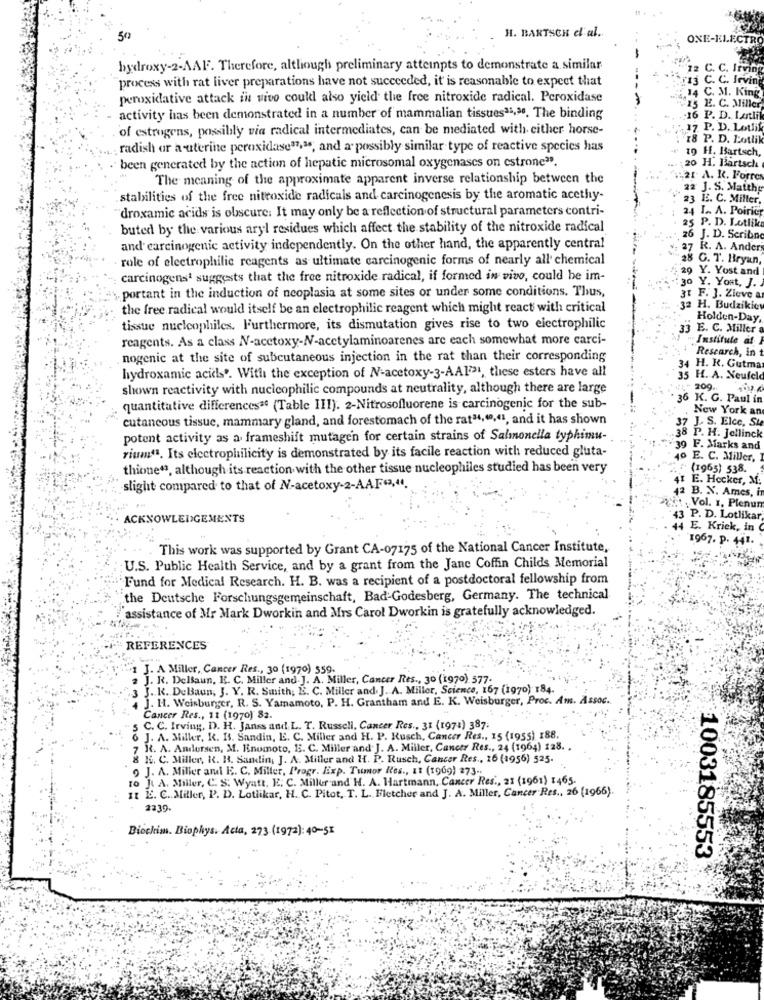
H. BARTSCH d'al.
500
ONE-ELECTRO
hydroxy-2-AAF. Therefore, although preliminary atteinpts to demonstrate a similar
12 C. C. Irving
process with rat liver preparations have not succeeded, it' is reasonable to expect that
13 C. C. Irving
peroxidative attack in vivo couldl also yield the free nitroxide radical. Peroxidase
, C. M. King
25 E. C. Miller
activity has been demonstrated in a number of mammalian tissues31,30. The binding
16 P. D. Lotlil
of estrogens, possibly via radical intermediates, can be mediated with either horse-
7 P. D. Lollik
P. D. Lotlil
radish or a uterine peroxidase37,34, and a possibly similar type of reactive species has
19 H. Bartsch,
been generated by the action of hepatic microsomal oxygenases on estrone"
20 H. Bartsch
The meaning of the approximate apparent inverse relationship between the
.: 21 A. R. Forros
22 J. S. Matthe
stabilities of the free nitroxide radicals and carcinogenesis by the aromatic acethy-
23 E. C. Miller,
droxamic acids is obscure: It may only be a reflection of structural parameters contri-
24 1 .. A. Poiric
P. D. Lotlik
buted by the various aryl residues which affect the stability of the nitroxide radical
J. D. Scribne
and carcinogenic activity independently. On the other hand, the apparently central
27 R. A. Ander
role of electrophilic reagents as ultimate carcinogenic forms of nearly all' chemical
C. T. Bryan,
29
29 Y. Yost and
carcinogens' suggests that the free nitroxide radical, if formed in vivo, could be im-
30 Y. Yont, J.
portant in the induction of neoplasia at some sites or under some conditions. Thus,
31 F. J. Zieve a
the free radical would itself be an electrophilic reagent which might react with critical
32 H. Budzikic
Holden-Day
tissue nucleophiles. Furthermore, its dismutation gives rise to two electrophilic
33 E. C. Miller a
reagents. As a class N-acetoxy-N-acetylaminoarenes are each somewhat more carci-
. Institute af
Research, in
nogenic at the site of subcutaneous injection in the rat than their corresponding
hydroxamic acids'. With the exception of N-acetoxy-3-AAI731, these esters have all
4 H. K. Gutma
35 H. A. Neufeld
shown reactivity with nucleophilic compounds at neutrality, although there are large
209.
36 K. G. Paul in
quantitative differences" (Table III). 2-Nitrosofluorene is carcinogenic for the sub-
New York an
cutaneous tissue, mammary gland, and forestomach of the rat34,60,41, and it has shown
37 J. S. Elce, St
potent activity as a frameshift mutagen for certain strains of Salmonella typhimu-
38 P. H. Jellinch
rium41. Its electrophilicity is demonstrated by its facile reaction with reduced gluta-
39 F. Marks and
o E. C. Miller,
thione", although its reaction with the other tissue nucleophiles studied has been very
" (1965) 538.
I E. Hecker, M.
slight compared to that of N-acetoxy-2-AAF(3,44
42 B. N. Ames, in
Vol. 1. Plenun
ACKNOWLEDGEMENTS
43 P. D. Lotlikar,
14 E. Kriek, in
1967. P. 441.
This work was supported by Grant CA-07175 of the National Cancer Institute,
U.S. Public Health Service, and by a grant from the Jane Coffin Childs Memorial
Fund for Medical Research. H. B. was a recipient of a postdoctoral fellowship from
the Deutsche Forschungsgemeinschaft, Bad-Godesberg, Germany. The technical
assistance of Mr Mark Dworkin and Mrs Carol Dworkin is gratefully acknowledged.
REFERENCES
1 J. A Miller, Cancer Res ., 30 (1970) 559.
2 J. R. Dellaun, E. C. Miller and. J. A. Miller, Cancer Res ., 30 (1970) 577-
3 J. K. DeBaun, J. Y. R. Smith; E. C. Miller and. J. A. Miller, Science, 167 (1970) 184.
4 J. H. Weisburger, R. S. Yamamoto, P. H. Grantham and E. K. Weisburger, Proc. Am. Assoc.
Cancer Res ., 11 (1970) 82.
5 C. C. Irving, D. H. Janss and L. T. Russell, Cancer Res ., 31 (1971) 387.
6 J. A. Miller, R. Is. Sandin, E. C. Miller and H. P. Rusch, Cancer Res ., 15 (1955) 188.
7 R. A. Andersen, M. Kinomoto, B. C. Miller and. J. A. Miller, Cancer Res ., 24 (1964) 128.
8 H. C. Miller, K. H. Sandin, J. A. Miller and H. P. Rusch, Cancer Res ., 16 (1956) 525.
9 J. A. Miller and E. C. Miller, Progr. Exp. Tumor Res ., 11 (1969) 273 -.
J. A. Miller, C. S. Wyatt. E. C. Miller and H. A. Hartmann, Cancer Res ., 21 (1961) 1465.
It L. C. Miller, P. D. Lotlikar, H. C. Pitot, T. L. Fletcher and J. A. Miller, Cancer Res ., 26 (1966).
2239.
Biochim. Biophys. Acta, 273 (1972): 40-51
1003185553